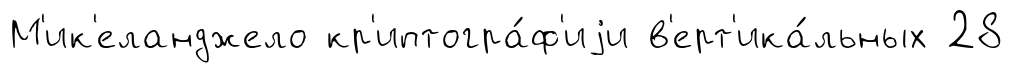
М'ик'еланджело кр'иптогра́ф'иjи в'ерт'ика́льных 28